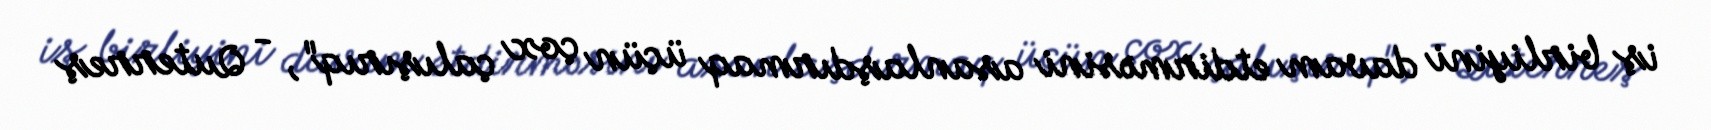
iş birliyini davam etdirməsini asanlaşdırmaq üçün çox çalışırıq", - Quterreş